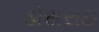
ડોસરાઇ